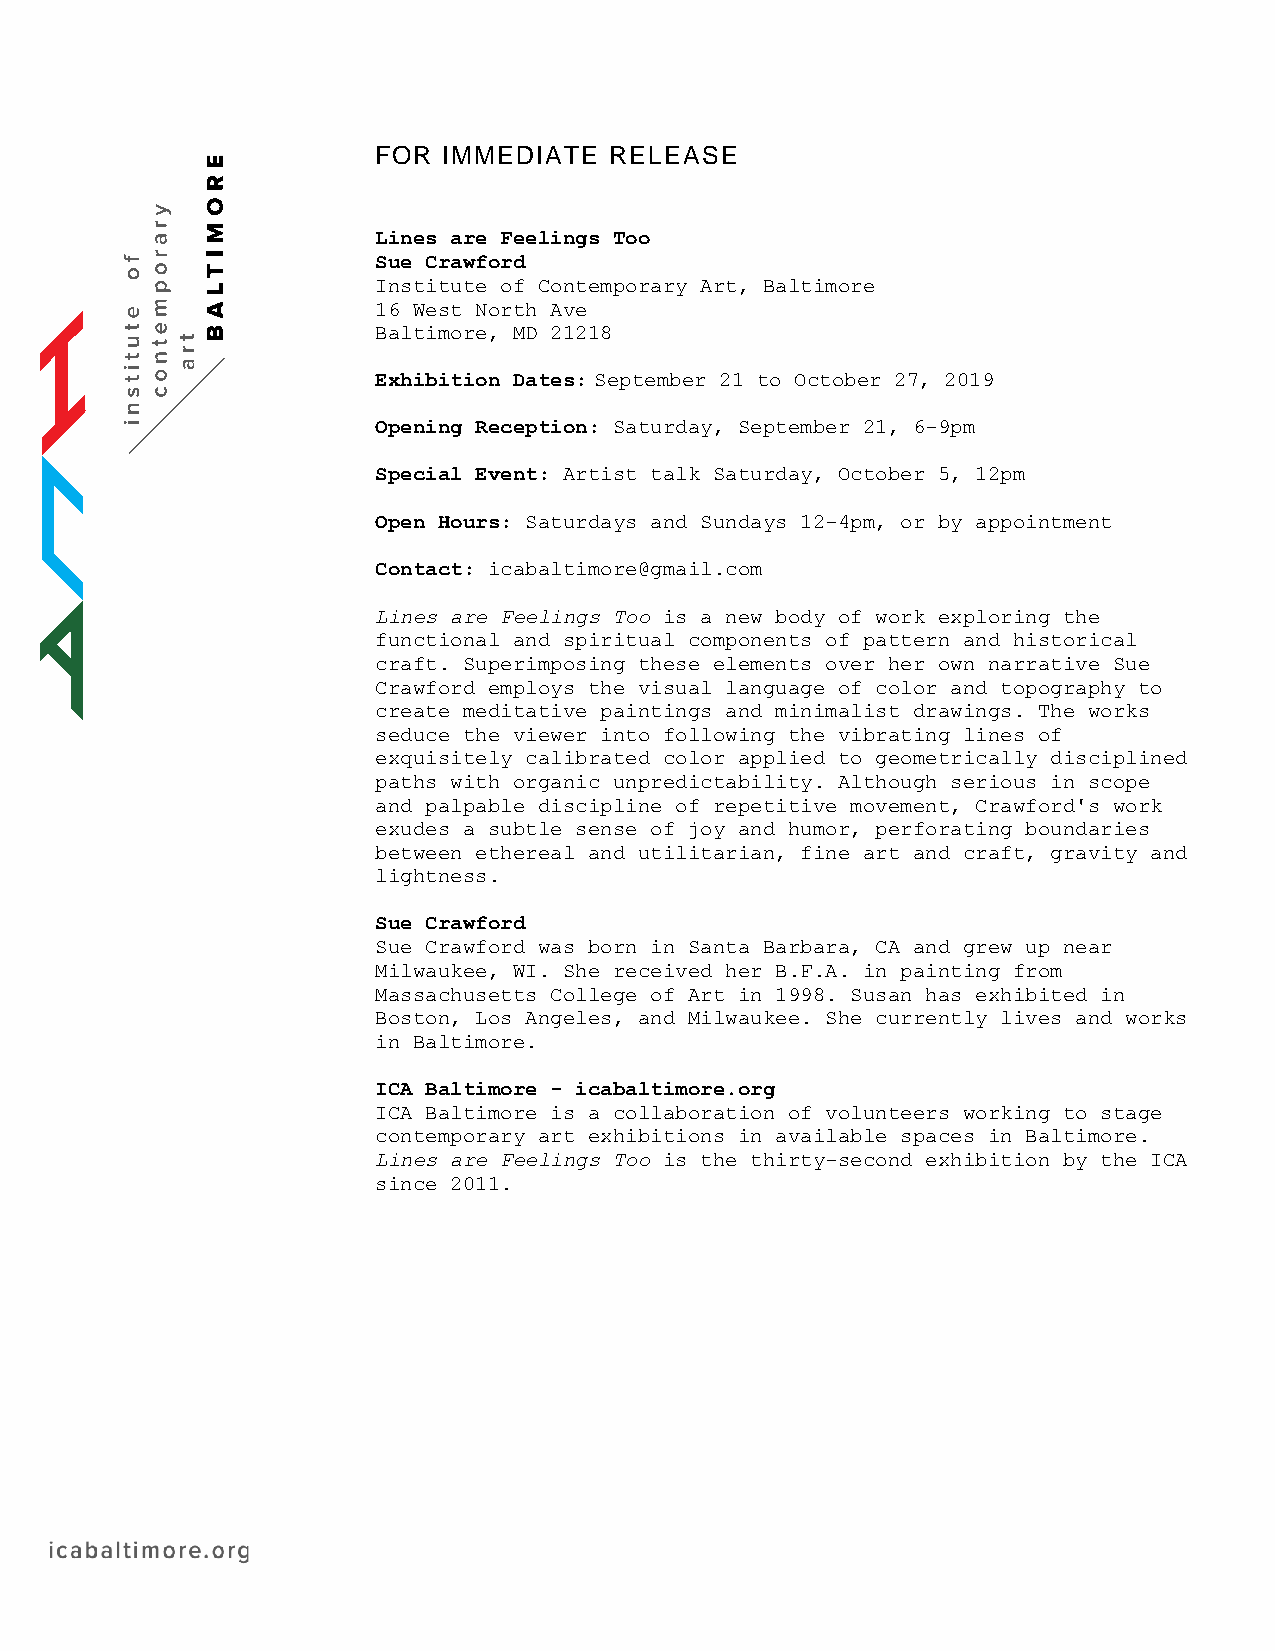
FOR IMMEDIATE  RELEASE
 Lines are Feelings Too
 Sue Crawford
 Institute of Contemporary Art, Baltimore
 16 West North Ave
 Baltimore, MD 21218
 Exhibition Dates: September 21 to October 27, 2019
 Opening Reception: Saturday, September 21, 6-9pm
 Special Event: Artist talk Saturday, October 5, 12pm
 Open Hours: Saturdays and Sundays 12-4pm, or by appointment
 Contact: icabaltimore@gmail.com
 Lines are Feelings Too is a new body of work exploring the
 functional and spiritual components of pattern and historical
 craft. Superimposing these elements over her own narrative Sue
 Crawford employs the visual language of color and topography to
 create meditative paintings and minimalist drawings. The works
 seduce the viewer into following the vibrating lines of
 exquisitely calibrated color applied to geometrically disciplined
 paths with organic unpredictability. Although serious in scope
 and palpable discipline of repetitive movement, Crawford's work
 exudes a subtle sense of joy and humor, perforating boundaries
 between ethereal and utilitarian, fine art and craft, gravity and
 lightness.
 Sue Crawford
 Sue Crawford was born in Santa Barbara, CA and grew up near
 Milwaukee, WI. She received her B.F.A. in painting from
 Massachusetts College of Art in 1998. Susan has exhibited in
 Boston, Los Angeles, and Milwaukee. She currently lives and works
 in Baltimore.
 ICA Baltimore - icabaltimore.org
 ICA Baltimore is a collaboration of volunteers working to stage
 contemporary art exhibitions in available spaces in Baltimore.
 Lines are Feelings Too is the thirty-second exhibition by the ICA
 since 2011.